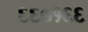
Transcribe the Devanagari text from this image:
६६७१६६